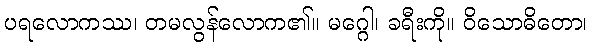
ပရလောကဿ၊ တမလွန်လောက၏။ မဂ္ဂေါ၊ ခရီးကို။ ဝိသောဓိတော၊